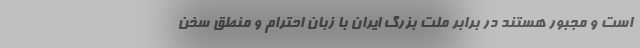
است و مجبور هستند در برابر ملت بزرگ ایران با زبان احترام و منطق سخن